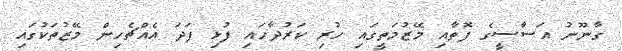
ގާނޫނު އަސާސީގެ ފޮތާއި މޭޒުމަތީގައި ހުރި ކަރުދާހައި ފުޅި ފަދަ އެއްޗެހިން މޭޒުތަކުގައި